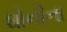
ઘોનીના